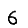
Digit: 6